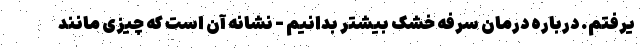
یرفتم. درباره درمان سرفه خشک بیشتر بدانیم - نشانه آن است که چیزی مانند